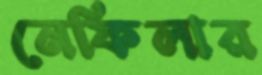
নেফিলার